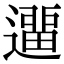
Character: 𨖻